Papaver somniferum - Opium : an extract from the sixth volume of the Dictionary of Economic Products of India
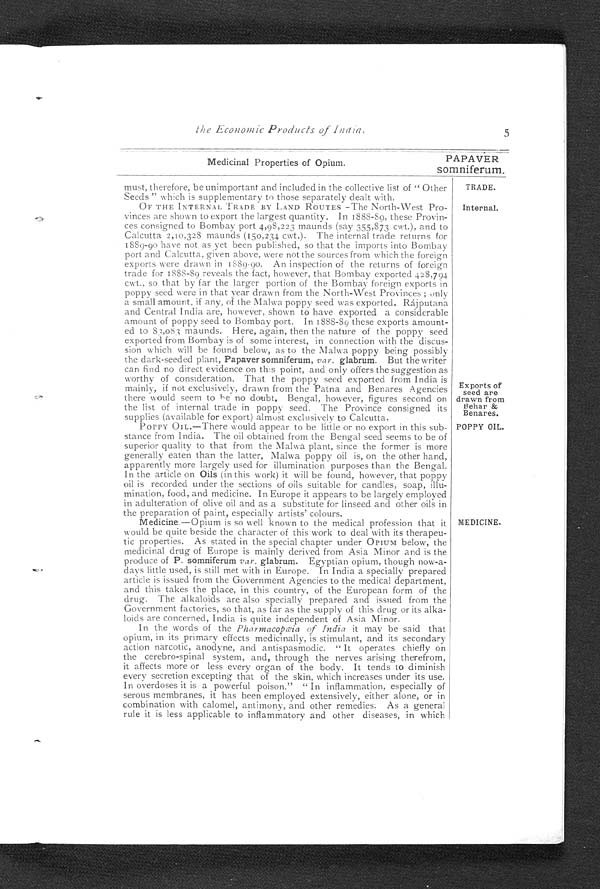
the Economic Products of India.
5
Medicinal Properties of Opium.
PAPAVER
somniferum.
must, therefore, be unimportant and included in the collective list of "Other
Seeds" which is supplementary to those separately dealt with.
TRADE.
OF THE INTERNAL TRADE BY LAND ROUTES -The North-West Pro-
vinces are shown to export the largest quantity. In 1888-89, these Provin-
ces consigned to Bombay port 4,98,223 maunds (say 355,873 cwt.), and to
Calcutta 2,10,328 maunds (150,234 cwt.). The internal trade returns for
1889-90 have not as yet been published, so that the imports into Bombay
port and Calcutta, given above, were not the sources from which the foreign
exports were drawn in 1889-9o. An inspection of the returns of foreign
trade for 1888-89 reveals the fact, however, that Bombay exported 428,794
cwt., so that by far the larger portion of the Bombay foreign exports in
poppy seed were in that year drawn from the North-West Provinces; only
a small amount, if any, of the Malwa poppy seed was exported. Rájputana.
and Central India are, however, shown to have exported a considerable
amount of poppy seed to Bombay port. In 1888-89 these exports amount-
ed to 83,083 maunds. Here, again, then the nature of the poppy seed
exported from Bombay is of some interest, in connection with the discus-
sion which will be found below, as to the Malwa poppy being possibly
the dark-seeded plant, Papaver somniferum, var. glabrum. But the writer
can find no direct evidence on this point, and only offers the suggestion as
worthy of consideration. That the poppy seed exported from India is
Internal.
mainly, if not exclusively, drawn from the Patna and Benares Agencies
there would seem to be no doubt. Bengal, however, figures second on
the list of internal trade in poppy seed. The Province consigned its
supplies (available for export) almost exclusively to Calcutta.
Exports of
s e e d a r e d r a w n f r o m
Behar &amp;
Benares.
P O P P Y O I L . — T h e r e w o u l d a p p e a r t o b e l i t t l e o r n oe
x p o r t i n t h i s s u b -
stance from India. The oil obtained from the Bengal seed seems to be of
superior quality to that from the Malwa plant, since the former is more
generally eaten than the latter, Malwa poppy oil is, on the other hand,
apparently more largely used for illumination purposes than the Bengal.
In the article on Oils (in this work) it will be found, however, that poppy
oil is recorded under the sections of oils suitable for candles, soap, illu-
mination, food, and medicine. In Europe it appears to be largely employed
in adulteration of olive oil and as a substitute for linseed and other oils in
the preparation of paint, especially artists' colours.
POPPY OIL.
Medicine.—Opium is so well known to the medical profession that it
would be quite beside the character of this work to deal with its therapeu-
tic properties. As stated in the special chapter under OPIUM below, the
medicinal drug of Europe is mainly derived from Asia Minor and is the
produce of P. somniferum var. glabrum. Egyptian opium, though now-a-
days little used, is still met with in Europe. In India a specially prepared
article is issued from the Government Agencies to the medical department,
and this takes the place, in this country, of the European form of the
drug. The alkaloids are also specially prepared and issued from the
Government factories, so that, as far as the supply of this drug or its alka-
loids are concerned, India is quite independent of Asia Minor.
In the words of the Pharmacopæia of India it may be said that
opium, in its primary effects medicinally, is stimulant, and its secondary
action narcotic, anodyne, and antispasmodic. "It operates chiefly on
the cerebro-spinal system, and, through the nerves arising therefrom,
it affects more or less every organ of the body. It tends to diminish
every secretion excepting that of the skin, which increases under its use.
In overdoses it is a powerful poison." "In inflammation, especially of
serous membranes, it has been employed extensively, either alone, or in
combination with calomel, antimony, and other remedies. A s a g e n e r a l
rule it is less applicable to inflammatory and other diseases, in which
MEDICINE.